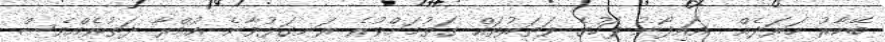
ބޭކާރު ހަރަދެއް . އައިފޯނު ފަހުގެ ވަތަރުތައް ގަތުމަށްވުރެ ރަނގަޅުވާނެ އުމްރާ ދަތުރެއްވެސް